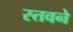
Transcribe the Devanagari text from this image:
स्तवने